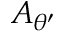
A _ { \theta ^ { \prime } }